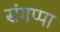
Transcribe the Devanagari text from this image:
संगप्पा